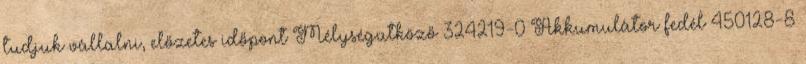
tudjuk vállalni, előzetes időpont Mélységütköző 324219-0 Akkumulátor fedél 450128-8